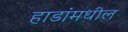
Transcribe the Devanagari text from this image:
हाडांमधील